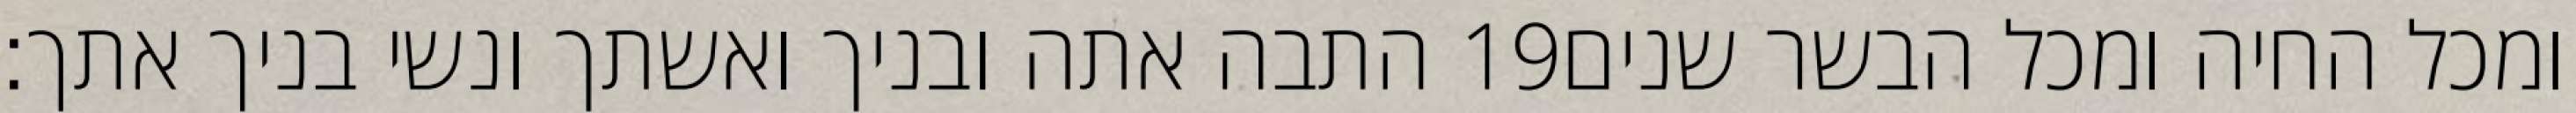
התבה אתה ובניך ואשתך ונשי בניך אתך׃ ‎19‏ ומכל החיה ומכל הבשר שנים